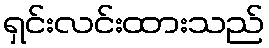
ရှင်းလင်းထားသည်